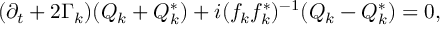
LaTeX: ( \partial _ { t } + 2 \Gamma _ { k } ) ( Q _ { k } + Q _ { k } ^ { * } ) + i ( f _ { k } f _ { k } ^ { * } ) ^ { - 1 } ( Q _ { k } - Q _ { k } ^ { * } ) = 0 ,